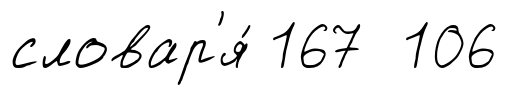
словар'я́ 167 106